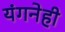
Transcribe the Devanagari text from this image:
यंगनेही